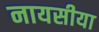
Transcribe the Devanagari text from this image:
नायसीया